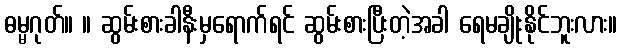
ဓမ္မဂုတ်။ ။ ဆွမ်းစားခါနီးမှရောက်ရင် ဆွမ်းစားပြီးတဲ့အခါ ရေမချိုးနိုင်ဘူးလား။